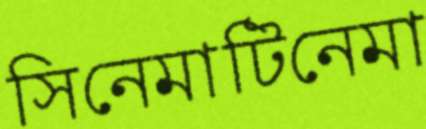
সিনেমাটিনেমা